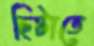
ছিটাতে